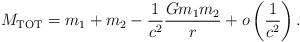
LaTeX: \begin{align*}M_{\rm TOT} = m_1 + m_2 - \frac{1}{c^2} \frac{G m_1 m_2}{r} + o\left(\frac{1}{c^2}\right).\end{align*}